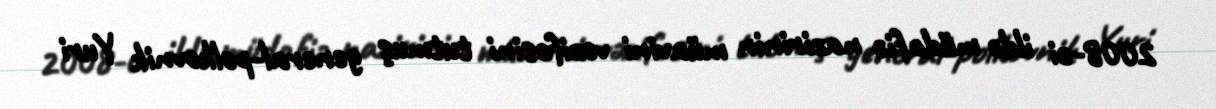
2008-ci ildə müdafiə nazirinin müavini vəzifəsini tutmuş general-polkovnik Yuri